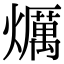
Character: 爄